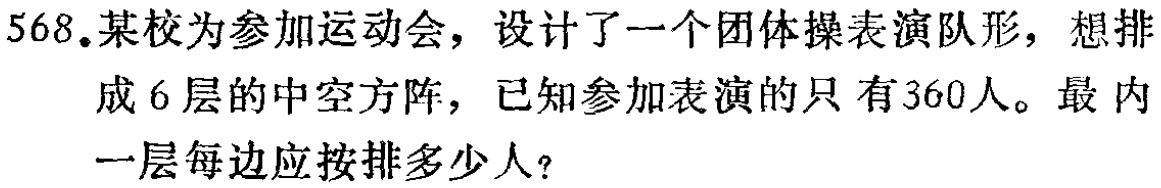
568.某校为参加运动会，设计了一个团体操表演队形，想排成6层的中空方阵，已知参加表演的只有360人。最内一层每边应按排多少人？